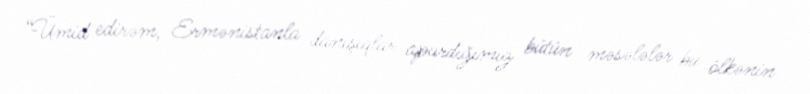
“Ümid edirəm, Ermənistanla danışıqlar apardığımız bütün məsələlər bu ölkənin